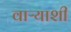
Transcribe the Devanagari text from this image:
वाऱ्याशी